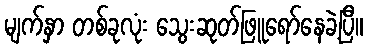
မျက်နှာ တစ်ခုလုံး သွေးဆုတ်ဖြူရော်နေခဲ့ပြီ။